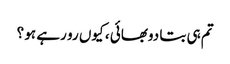
تم ہی بتا دوبھائی ، کیوں رو رہے ہو ؟